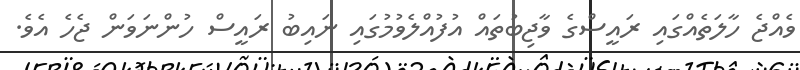
ވެއްޖެ ހާލަތެއްގައި ރައީސްގެ ވާޖިބުތައް އުފުއްލެވުމުގައި ނައިބު ރައީސް ހުންނަވަން ޖެހެ އެވެ.